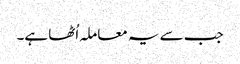
جب سے یہ معاملہ اُٹھا ہے۔